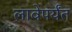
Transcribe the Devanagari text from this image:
लावेपर्यंत